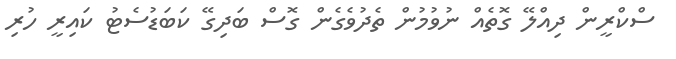
ސްކްރީން ދިއްލޭ ގޮތެއް ނުވުމުން ތެދުވެގެން ގޮސް ބަދިގޭ ކަބަޑުސެޓު ކައިރީ ހުރި